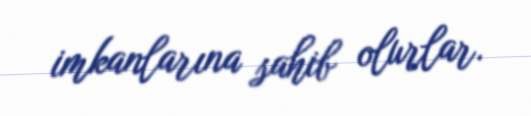
imkanlarına sahib olurlar.